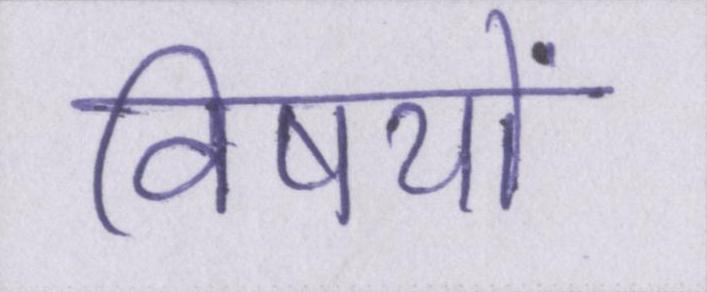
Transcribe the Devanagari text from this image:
विषयों